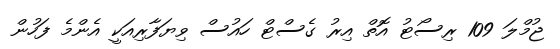
ޖުމްލަ 109 ރިސޯޓު އޮތް އިރު ގެސްޓް ހައުސް ވިޔަފާރިއަކީ އެންމެ ފަހުން